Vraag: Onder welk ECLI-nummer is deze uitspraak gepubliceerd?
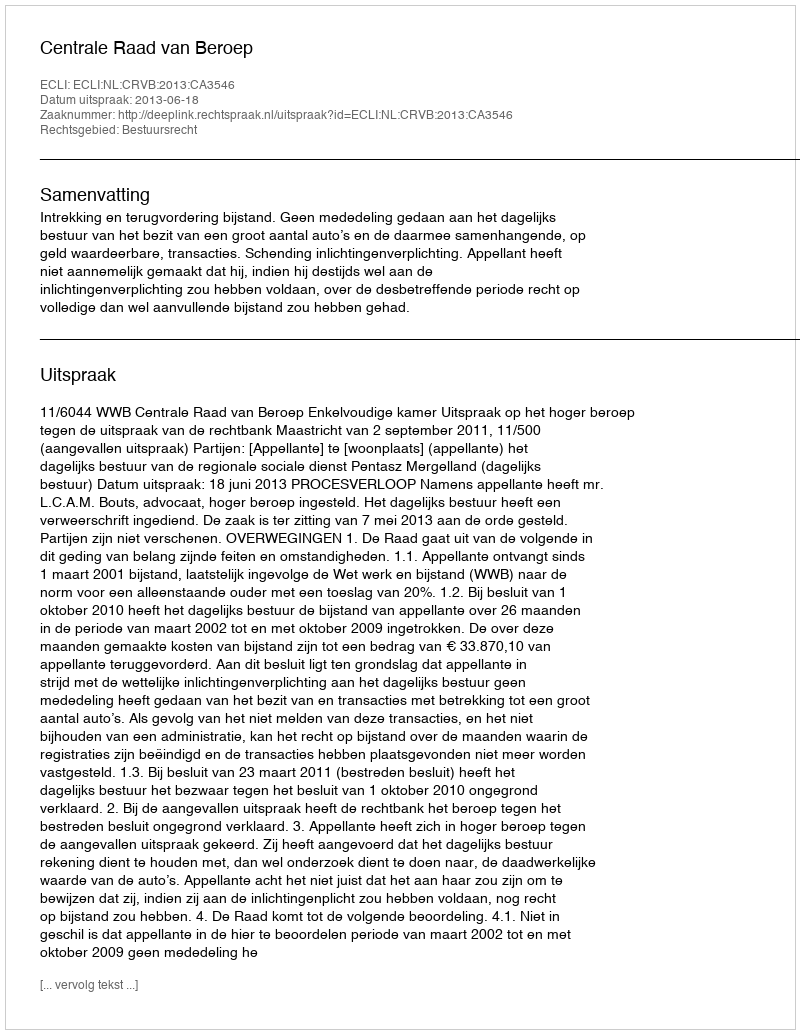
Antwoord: ECLI:NL:CRVB:2013:CA3546